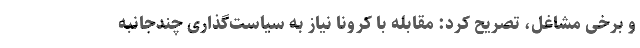
و برخی مشاغل، تصریح کرد: مقابله با کرونا نیاز به سیاست‌گذاری چندجانبه